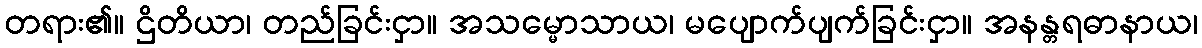
တရား၏။ ဌိတိယာ၊ တည်ခြင်းငှာ။ အသမ္မောသာယ၊ မပျောက်ပျက်ခြင်းငှာ။ အနန္တရဓာနာယ၊